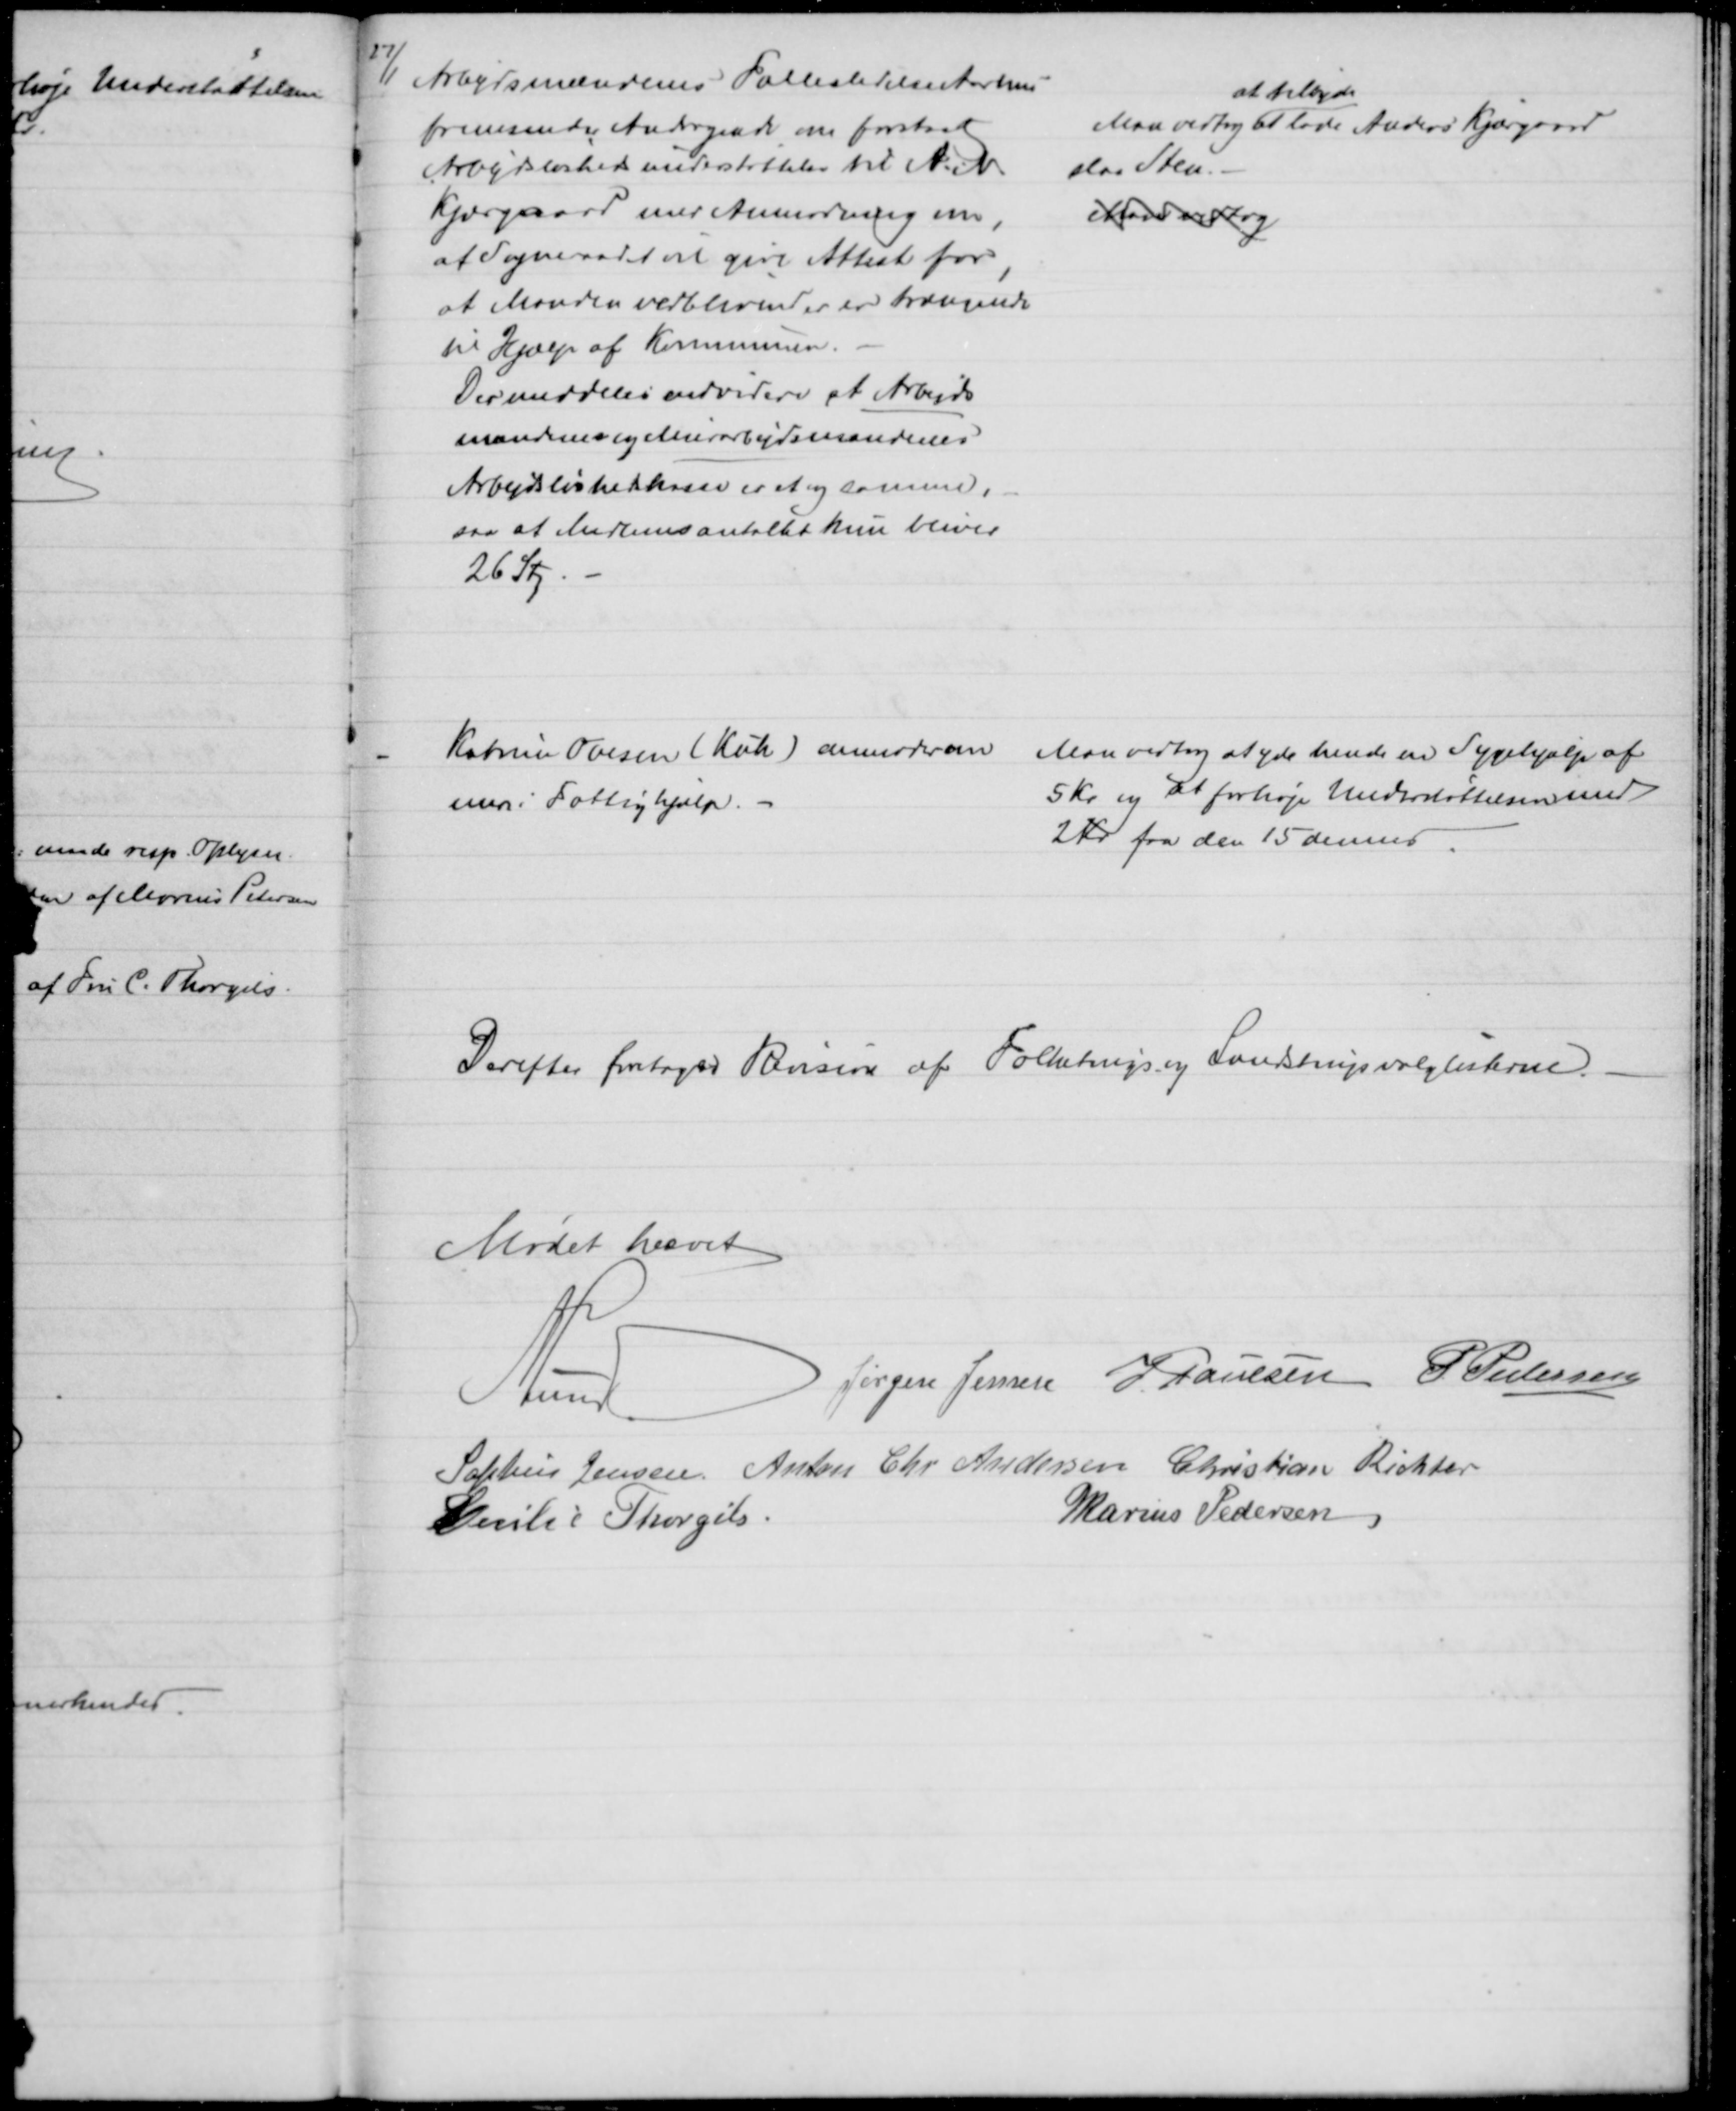
Transskription:
27/1 Arbejdsmændenes Fællesledelse Aarhus
fremsender Andragende om forstsat
Arbejdsløshedsunderstøttelse til N. N.
Kjærgaard med Anmodning om,
at Sogneraadet vil give Attest for
,
at Manden vedblivend er er trængende
til Hjælp af Kommunen.
Der meddeles endvidere at Arbejds
mændenes og Murerarbejdsmændenes
Arbejdsløshedskasse er et og samme,
saa at Medlemsantaltet kun bliver 
26 Stk.
Man vedtog 
at tilbyde
at lade Anders Kjærgaard
slaa Sten.
Man vedtog
Katrine Ovesen (Kuk) anmoder om
mere i Fattighjælp. 
Man vedtog at yde hende en Sygehjælp af
5 kr. og at forhøje Understøttelsen med
2 Kr fra den 15 dennes
Derefter foretoges Revision af Folketings og Landstingsvalglisterne.
Mødet hævet
A. Lund
Jørgen Jensen J. Poulsen P Pedersen
Sophus Jensen Anton Chr Andersen Christian Richter
Cecilie Thorgils.
Marius Pedersen